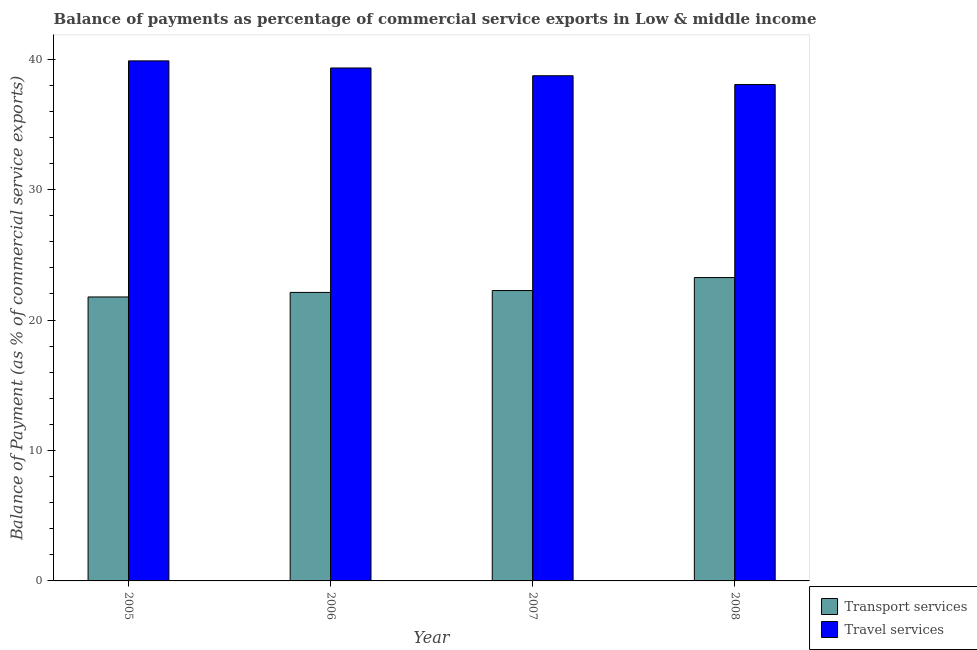
| Year | Transport services | Travel services |
 | --- | --- | --- |
 | 2005 | 21.8 | 39.9 |
 | 2006 | 22.1 | 39.3 |
 | 2007 | 22.3 | 38.7 |
 | 2008 | 23.3 | 38.1 |